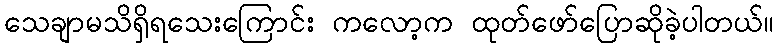
သေချာမသိရှိရသေးကြောင်း ကလော့က ထုတ်ဖော်ပြောဆိုခဲ့ပါတယ်။